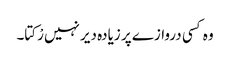
وہ کسی دروازے پر زیادہ دیر نہیں رْکتا۔